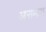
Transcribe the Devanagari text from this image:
आसमाय